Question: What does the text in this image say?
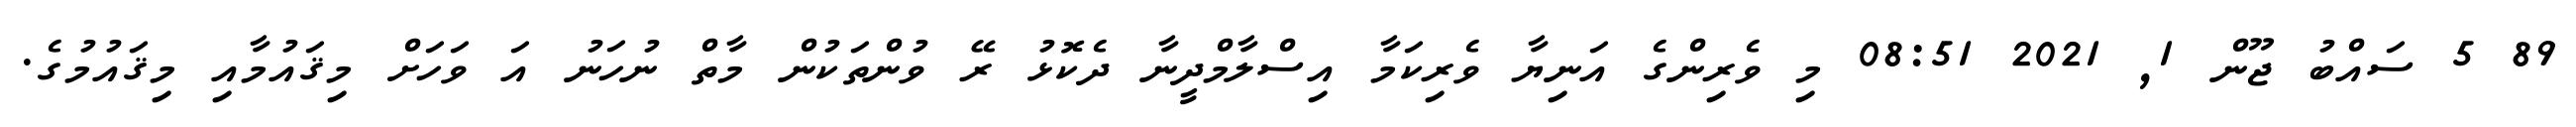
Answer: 89 5 ސައްބު ޖޫން 1, 2021 08:51 މި ވެރިންގެ އަނިޔާ ވެރިކަމާ އިސްލާމްދީނާ ދެކޮޅު ރޭ ވުންތަކުން މާތް ނުހަނު އަ ވަހަށް މިޤައުމާއި މިޤައުމުގެ.